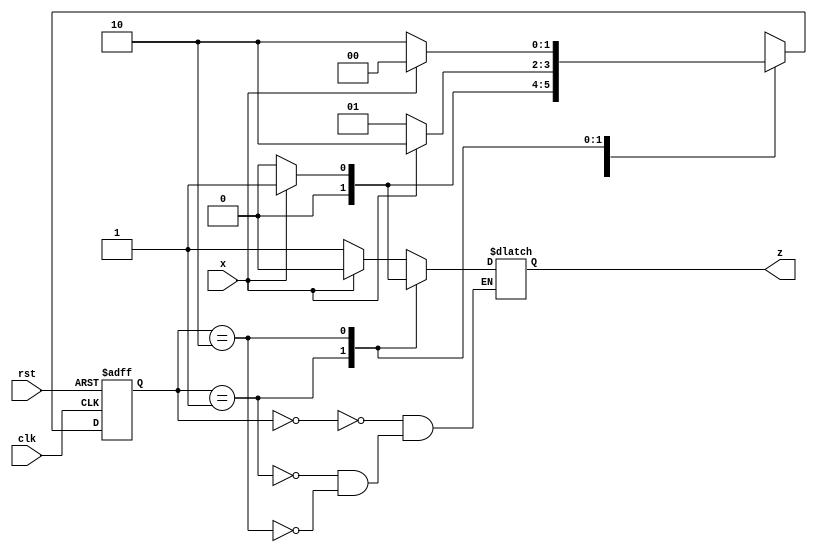
module fsm(clk,rst,x,z);
input clk,rst,x;
output reg z;
reg [1:0]p,n;
localparam a=2'b00,b=2'b01,c=2'b10;
always @(x,p)
case(p)
a: if(x)
begin
n=b;z=0;
end
else begin
n=a;z=1;
end
b: if(x)
begin
n=c;z=0;
end
else begin
n=b;z=0;
end
c: if(x)
begin
n=a;z=1;
end
else begin
n=c;z=0;
end
default:n=2'bxx;
endcase
always@(posedge clk,posedge rst)
begin
if(rst)
p<=a;
else
p<=n;
end
endmodule